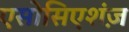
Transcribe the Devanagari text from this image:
एसोसिएशंज़